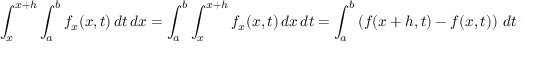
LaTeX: \int _ { x } ^ { x + h } \int _ { a } ^ { b } f _ { x } ( x , t ) \, d t \, d x = \int _ { a } ^ { b } \int _ { x } ^ { x + h } f _ { x } ( x , t ) \, d x \, d t = \int _ { a } ^ { b } \left( f ( x + h , t ) - f ( x , t ) \right) \, d t = \int _ { a } ^ { b } f ( x + h , t ) \, d t - \int _ { a } ^ { b } f ( x , t ) \, d t